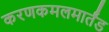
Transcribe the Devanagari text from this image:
करणकमलमार्तंड